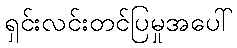
ရှင်းလင်းတင်ပြမှုအပေါ်